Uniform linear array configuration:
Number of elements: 48
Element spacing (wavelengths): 0.25
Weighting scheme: kaiser
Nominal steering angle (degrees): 15
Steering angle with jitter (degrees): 13.182
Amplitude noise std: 0.05
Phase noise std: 0.05

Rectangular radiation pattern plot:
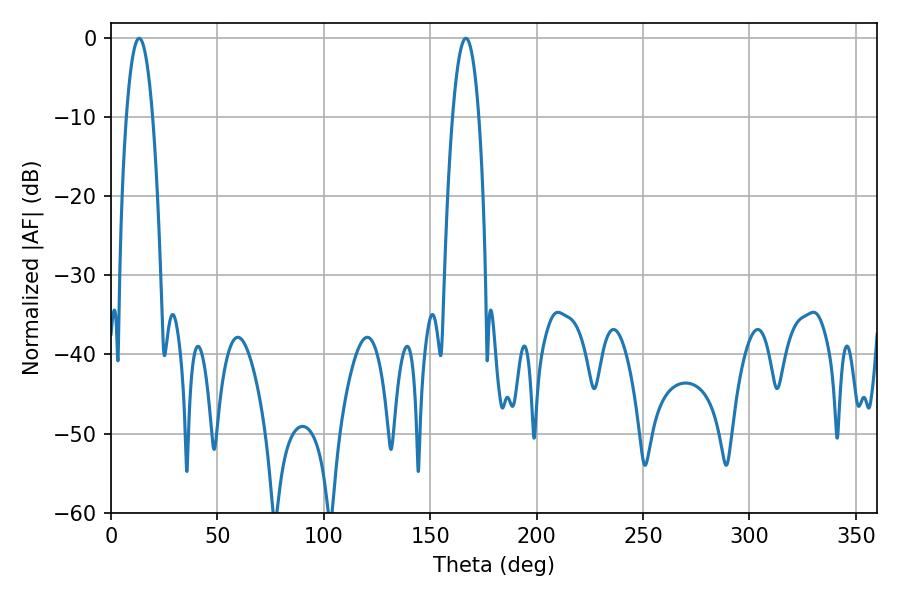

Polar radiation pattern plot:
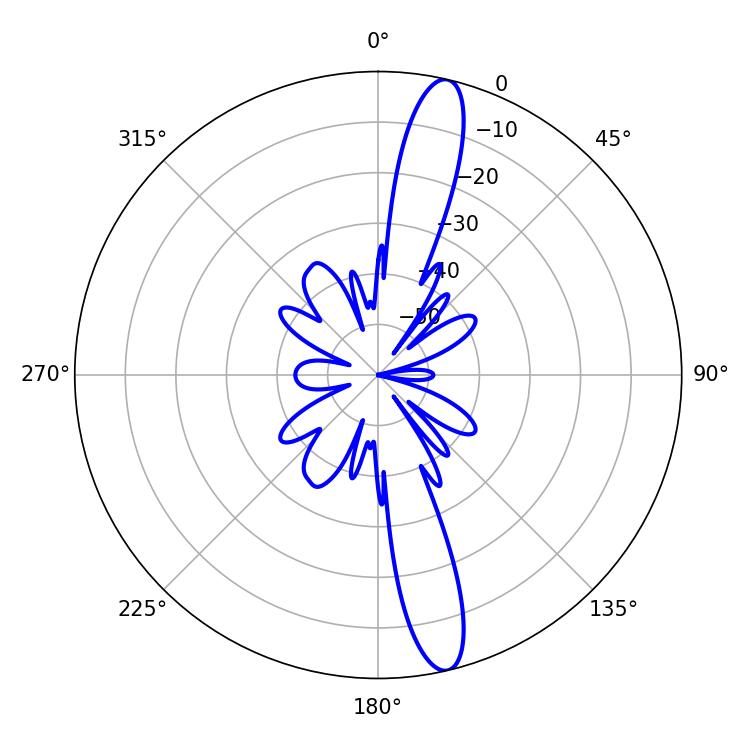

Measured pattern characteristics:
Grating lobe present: FALSE
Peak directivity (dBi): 15.308
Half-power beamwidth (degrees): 6.84
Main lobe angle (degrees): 13.32